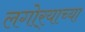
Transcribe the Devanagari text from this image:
लगोर्‍याच्या